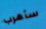
سأهرب